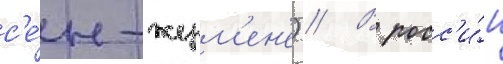
с'е́н-жерм'ен'е) // В росс'и́и